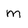
Character: M